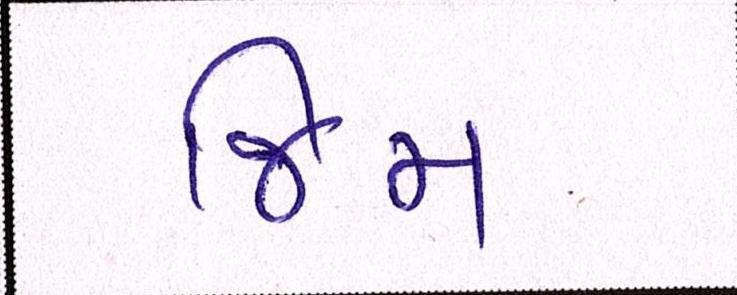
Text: જિમ